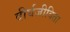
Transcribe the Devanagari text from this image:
दीर्घजीविता